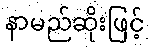
နာမည်ဆိုးဖြင့်